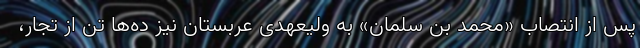
پس از انتصاب «محمد بن سلمان» به ولیعهدی عربستان نیز ده‌ها تن از تجار،